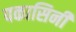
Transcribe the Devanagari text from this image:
पकासिनी